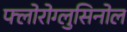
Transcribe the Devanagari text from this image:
फ्लोरोग्लुसिनोल